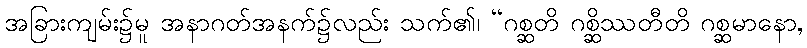
အခြားကျမ်း၌မူ အနာဂတ်အနက်၌လည်း သက်၏၊ “ဂစ္ဆတိ ဂစ္ဆိဿတီတိ ဂစ္ဆမာနော,